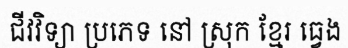
ជីវវិទ្យា ប្រភេទ នៅ ស្រុក ខ្មែរ ធ្វេង